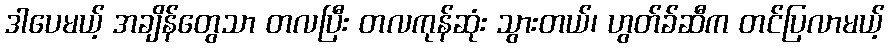
ဒါပေမယ့် အချိန်တွေသာ တလပြီး တလကုန်ဆုံး သွားတယ်၊ ဟွတ်ခ်ဆီက တင်ပြလာမယ့်